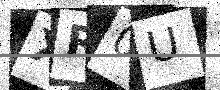
Text: XR0U